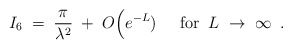
\begin{align*}I_6 \; = \; \frac{\pi}{\lambda^2} \; + \; O\Big(e^{-L}) \; \; \; \;\; \mbox{for} \; \; L \; \rightarrow \; \infty \; \; .\end{align*}